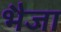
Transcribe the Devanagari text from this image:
भैजा